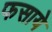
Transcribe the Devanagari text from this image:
फसाये